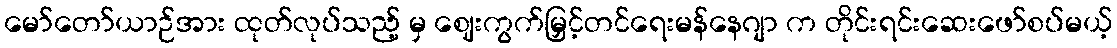
မော်တော်ယာဉ်အား ထုတ်လုပ်သည့် မှ ဈေးကွက်မြှင့်တင်ရေးမန်နေဂျာ က တိုင်းရင်းဆေးဖော်စပ်မယ့်